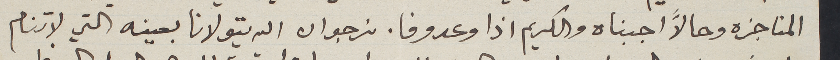
المناجزه وحالاً اجبناه والكريم اذا وعد وفا. نرجو ان الله يتولانا بعينه التي لا تنام